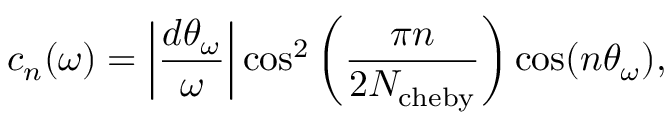
c _ { n } ( \omega ) = \left| \frac { d \theta _ { \omega } } { \omega } \right| \mathrm { c o s } ^ { 2 } \left( \frac { \pi n } { 2 N _ { \mathrm { c h e b y } } } \right) \mathrm { c o s } ( n \theta _ { \omega } ) ,